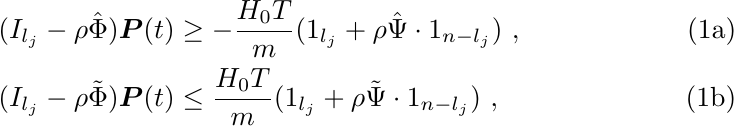
    \begin{subequations}
        \begin{align}
            (I_{l_j}-\rho  \hat{\Phi} ) \boldsymbol{P}(t) &\geq -\frac{H_0T}{m}  (\mathrm {1}_{l_j} + \rho \hat{\Psi} \cdot \mathrm {1}_{n-l_j}) \ , \\
            (I_{l_j}-\rho  \tilde{\Phi} ) \boldsymbol{P}(t) &\leq \frac{H_0T}{m} ( \mathrm {1}_{l_j} + \rho \tilde{\Psi} \cdot \mathrm {1}_{n-l_j}) \ ,
        \end{align}
    \end{subequations}